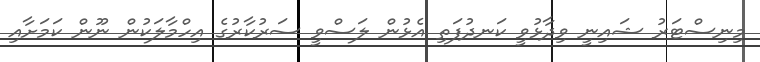
މިނިސްޓަރު ޝައިނީ ވިދާޅުވީ ކަނދުފަތި އެޅުން ލަސްވީ ސަރުކާރުގެ އިހްމާލަކުން ނޫން ކަމަށާއި